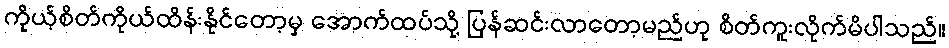
ကိုယ့်စိတ်ကိုယ်ထိန်းနိုင်တော့မှ အောက်ထပ်သို့ ပြန်ဆင်းလာတော့မည်ဟု စိတ်ကူးလိုက်မိပါသည်။